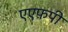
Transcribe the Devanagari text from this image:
एएफ़पी